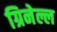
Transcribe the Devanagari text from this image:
ग्रिनेल्ल